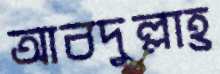
আবদুল্লাহ্র